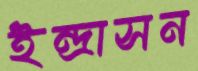
ইন্দ্রাসন